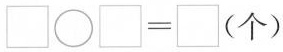
$$\square \bigcirc \square = \square (个)$$